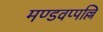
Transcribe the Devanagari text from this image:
मण्डवप्पल्लि